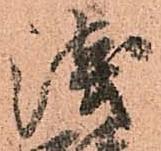
浅